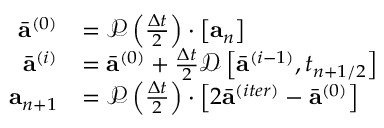
\begin{array} { r } { \begin{array} { r l } { \bar { \mathbf { a } } ^ { ( 0 ) } } & { = \mathcal { P } \left( \frac { \Delta t } { 2 } \right) \cdot \left[ \mathbf { a } _ { n } \right] } \\ { \bar { \mathbf { a } } ^ { ( i ) } } & { = \bar { \mathbf { a } } ^ { ( 0 ) } + \frac { \Delta t } { 2 } \mathcal { D } \left[ \bar { \mathbf { a } } ^ { ( i - 1 ) } , t _ { n + 1 / 2 } \right] } \\ { \mathbf { a } _ { n + 1 } } & { = \mathcal { P } \left( \frac { \Delta t } { 2 } \right) \cdot \left[ 2 \bar { \mathbf { a } } ^ { ( i t e r ) } - \bar { \mathbf { a } } ^ { ( 0 ) } \right] } \end{array} } \end{array}